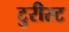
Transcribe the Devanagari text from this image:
टुरीस्ट